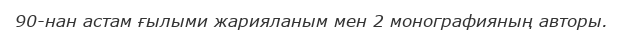
90-нан астам ғылыми жарияланым мен 2 монографияның авторы.